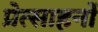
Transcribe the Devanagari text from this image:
प्रेत्साहनों